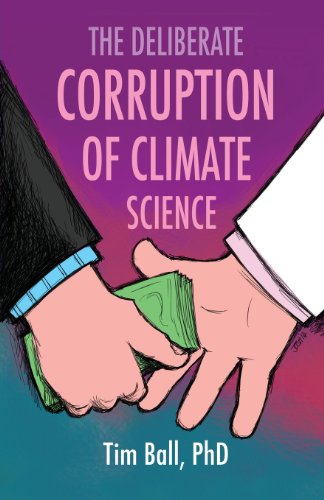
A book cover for The Deliberate Corruption of Climate Science; Tim Ball; Science & Math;